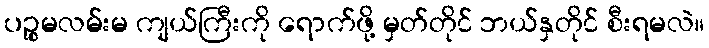
ပဉ္စမလမ်းမ ကျယ်ကြီးကို ရောက်ဖို့ မှတ်တိုင် ဘယ်နှတိုင် စီးရမလဲ။